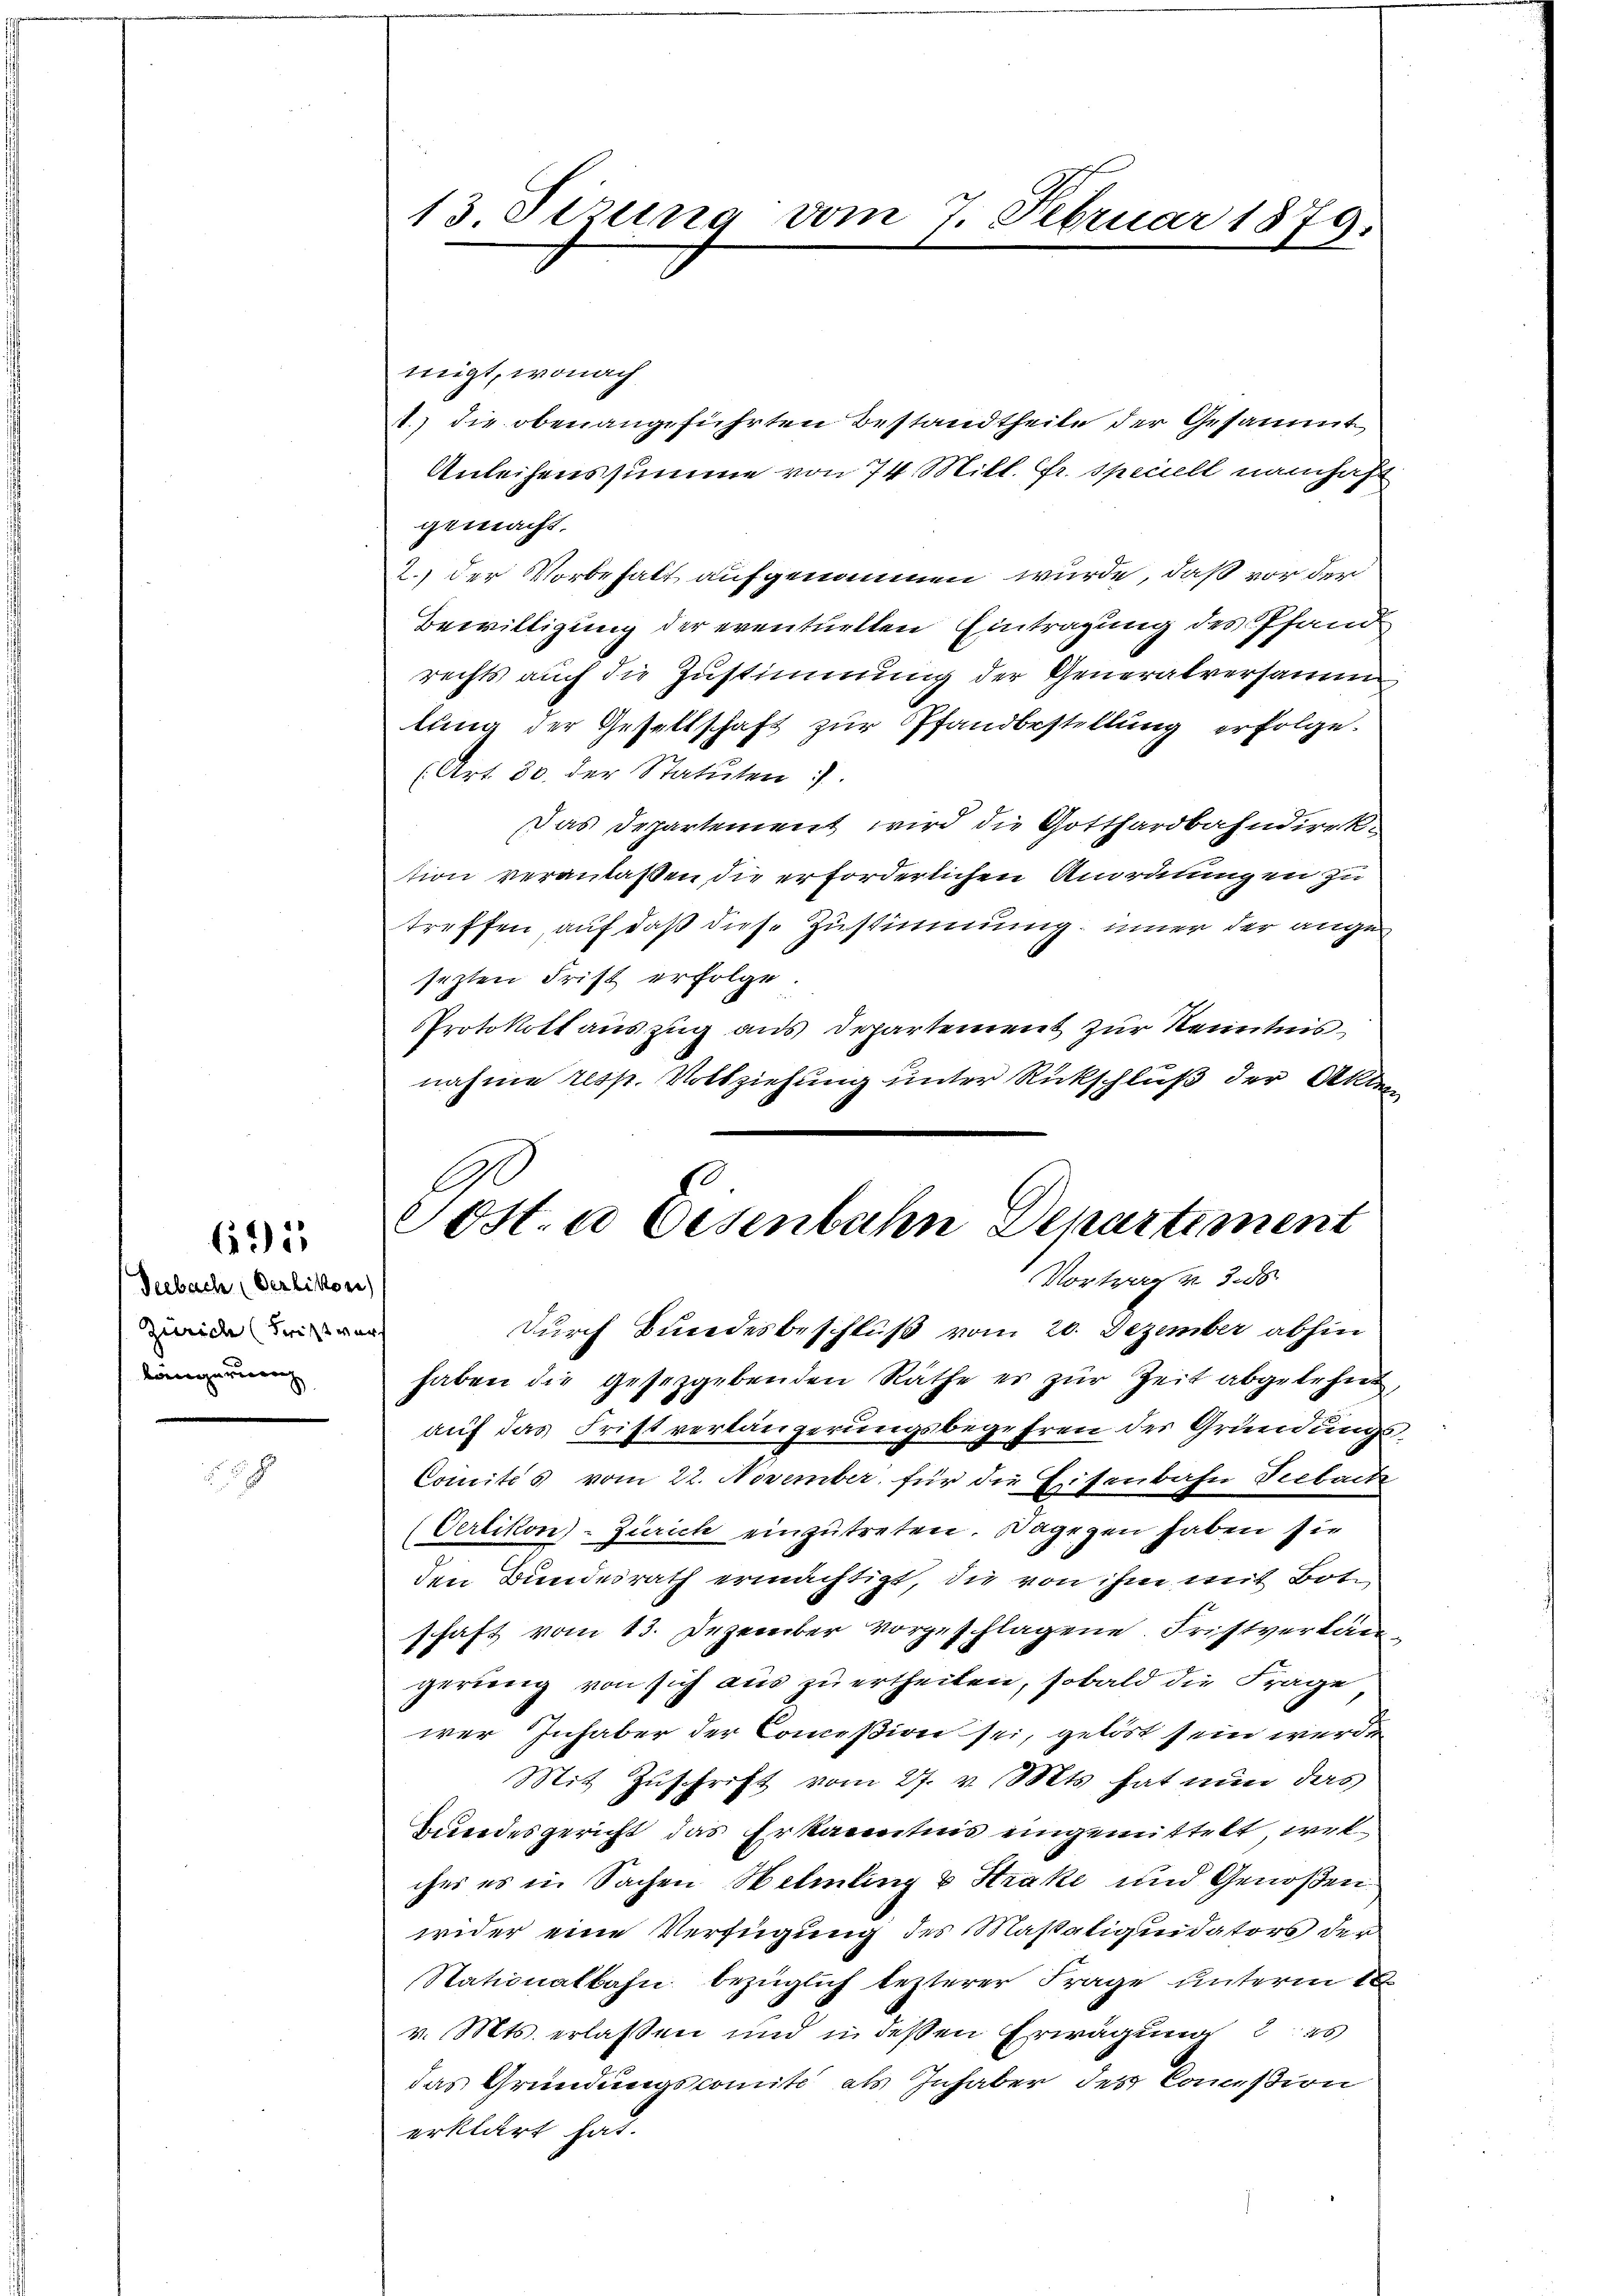
692

Seebach Oerlikon)
Zürich (Fritzt vers
langerung

migt, wonach
gemacht.
2.) der Vorbehalt aufgenommen wurde, daß vor der
Bewilligung der eventuellen Eintragung des Pfand
rechts auch die Zustimmung der Generalversamm
lung der Gesellschaft zur Pfandbestellung erfolge.
(Art. 30. der Statuten:
Das Departement wird die Gotthardbahndirektion veranlassen die erforderlichen Anordnungen zu
treffen auf daß diese Zustimmung inner der angesezten Frist erfolge
PProtokollauszug aus Departement zur Kenntnisnahme resp. Vollziehung unter Rückschluß der Akten

13 Tizung vom 7. Februar 1879.

1.) die obenangeführten Bestandtheile der Gesammt
Anleihenssumme von 74. Mill. Fr. Speciell namhaft

Post. a Eisenbahn Departiment
Vortrage 3. ds

durch Bundesbeschluß vom 20. Dezember abhin
haben die gesetzgebenden Räthe er zur Zeit abgelehnt,
auf das Frist verlängerungsbegehren der Gründungs¬
Comités vom 22. November für die Eisenbahn Seebache
(Oerlikon)- Zürich einzutreten. Dagegen haben sie
den Bundesrath ermächtigt, die von ihm mit Bote
schaft vom 13. Dezember vorgeschlagene Fristverkan
gerung von sich aus zu ertheilen, sobald die Frage
wer Inhaber der Commißion sei, gelöst sein werde
Mit Zuschrift vom 27. v. Mts. hat nun das
Bundesgericht das Erkanntnis eingemittelt, welcher es in Sachen Helmling & Strake und Genoßen
wider eine Verfügung des Masaliquidators der
Stationalbahn bezüglich lezterer Frage unterm 18
v. Mts. erlassen und in dessen Erwägung 22s
das Gründungscomit als Inhaber des Commißion
erklärt hat.